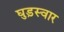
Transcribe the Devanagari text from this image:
घुड़स्वार